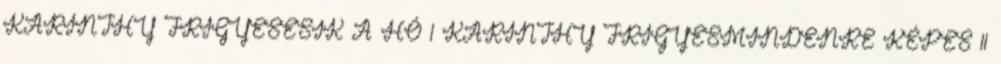
KARINTHY FRIGYESESIK A HÓ 1 KARINTHY FRIGYESMINDENRE KÉPES 11